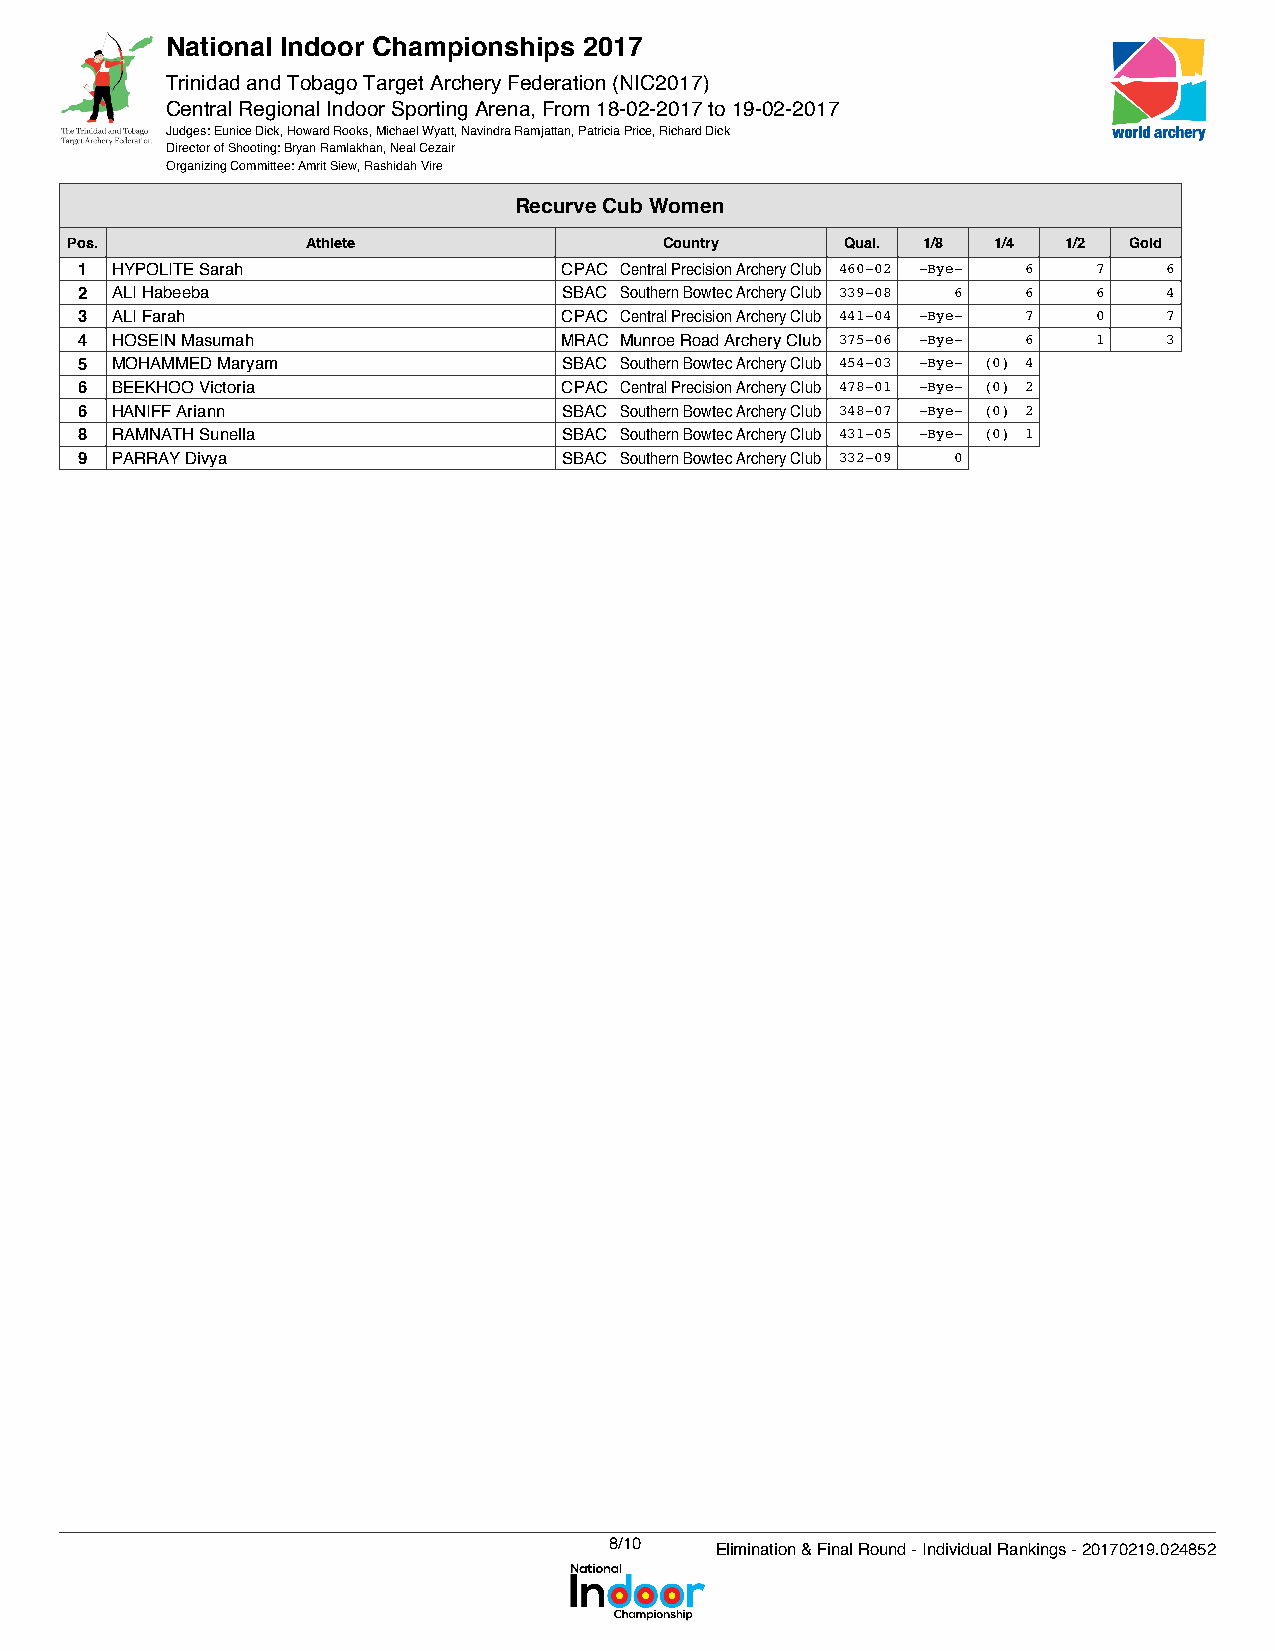
National Indoor Championships 2017
 Trinidad and Tobago Target Archery Federation (NIC2017)
 Central Regional Indoor Sporting Arena, From 18-02-2017 to 19-02-2017
 Judges: Eunice Dick, Howard Rooks, Michael Wyatt, Navindra Ramjattan, Patricia Price, Richard Dick
 Director of Shooting: Bryan Ramlakhan, Neal Cezair
 Organizing Committee: Amrit Siew, Rashidah Vire
 Recurve Cub Women
 Pos.            Athlete                 Country     Qual. 1/8 1/4 1/2  Gold
 1 HYPOLITE Sarah                CPAC Central Precision Archery Club 460-02 -Bye- 6 7 6
 2 ALI Habeeba                   SBAC Southern Bowtec Archery Club 339-08 6 6 6 4
 3 ALI Farah                     CPAC Central Precision Archery Club 441-04 -Bye- 7 0 7
 4 HOSEIN Masumah                MRAC Munroe Road Archery Club 375-06 -Bye- 6 1 3
 5 MOHAMMED Maryam               SBAC Southern Bowtec Archery Club 454-03 -Bye- (0) 4
 6 BEEKHOO Victoria              CPAC Central Precision Archery Club 478-01 -Bye- (0) 2
 6 HANIFF Ariann                 SBAC Southern Bowtec Archery Club 348-07 -Bye- (0) 2
 8 RAMNATH Sunella               SBAC Southern Bowtec Archery Club 431-05 -Bye- (0) 1
 9 PARRAY Divya                  SBAC Southern Bowtec Archery Club 332-09 0
 8/10   Elimination & Final Round - Individual Rankings - 20170219.024852